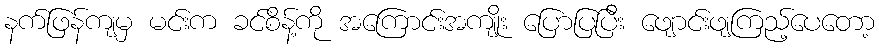
နက်ဖြန်ကျမှ မင်းက ခင်စိန့်ကို အကြောင်းအကျိုး ပြောပြပြီး ဖျောင်းဖျကြည့်ပေတော့